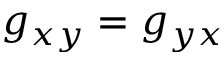
g _ { x y } = g _ { y x }